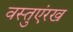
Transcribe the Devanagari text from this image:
वस्तुएंरख